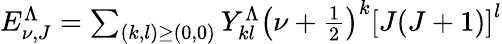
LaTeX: \begin{array}{r}{E_{\nu,J}^{\Lambda}=\sum_{(k,l)\geq(0,0)}Y_{kl}^{\Lambda}\left(\nu+\frac{1}{2}\right)^{k}\left[J(J+1)\right]^{l}}\end{array}